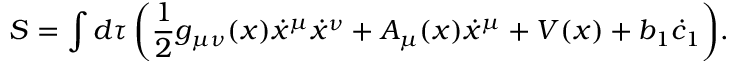
S = \int { d \tau \left( \frac { 1 } { 2 } g _ { \mu \nu } ( x ) \dot { x } ^ { \mu } \dot { x } ^ { \nu } + A _ { \mu } ( x ) \dot { x } ^ { \mu } + V ( x ) + b _ { 1 } \dot { c } _ { 1 } \right) } .